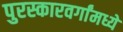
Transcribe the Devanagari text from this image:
पुरस्कारवर्गांमध्ये